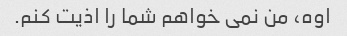
اوه، من نمی خواهم شما را اذیت کنم.